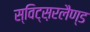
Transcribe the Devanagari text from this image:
स्विट्स़रलैण्ड